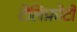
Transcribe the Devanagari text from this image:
टेलिफ़ोटो